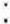
: